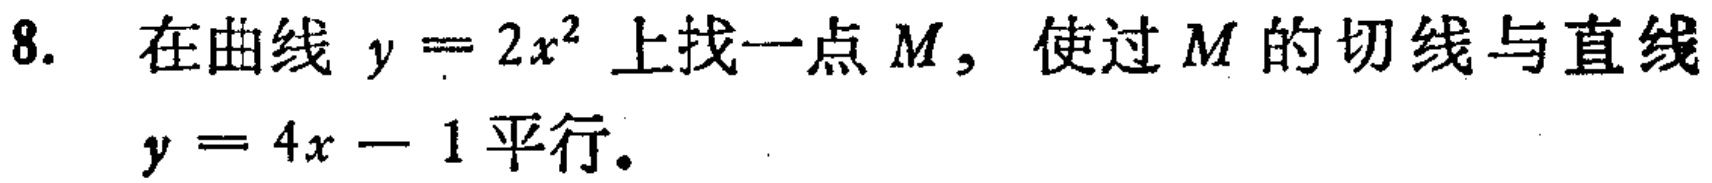
8. 在曲线 \(y = 2x^{2}\) 上找一点 \(M\)，使过 \(M\) 的切线与直线 \(y = 4x - 1\) 平行。